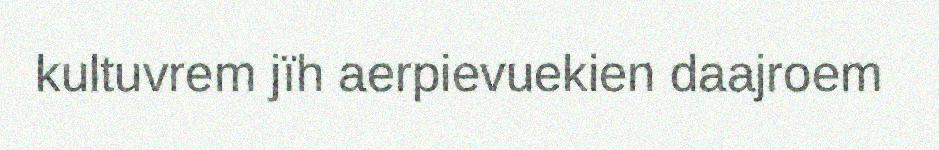
kultuvrem jïh aerpievuekien daajroem